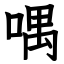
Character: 喁